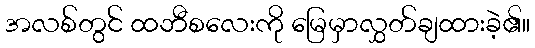
အလစ်တွင် ထဘီစလေးကို မြေမှာလွှတ်ချထားခဲ့၏။